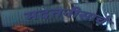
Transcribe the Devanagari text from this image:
मदतनीसाचे